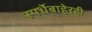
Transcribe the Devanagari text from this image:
स्पर्धेबाहेरही